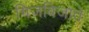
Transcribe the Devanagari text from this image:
गिजबिजाते